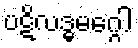
ပဋိလဒ္ဓမဂ္ဂေါ